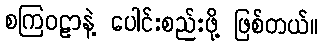
စကြဝဠာနဲ့ ပေါင်းစည်းဖို့ ဖြစ်တယ်။